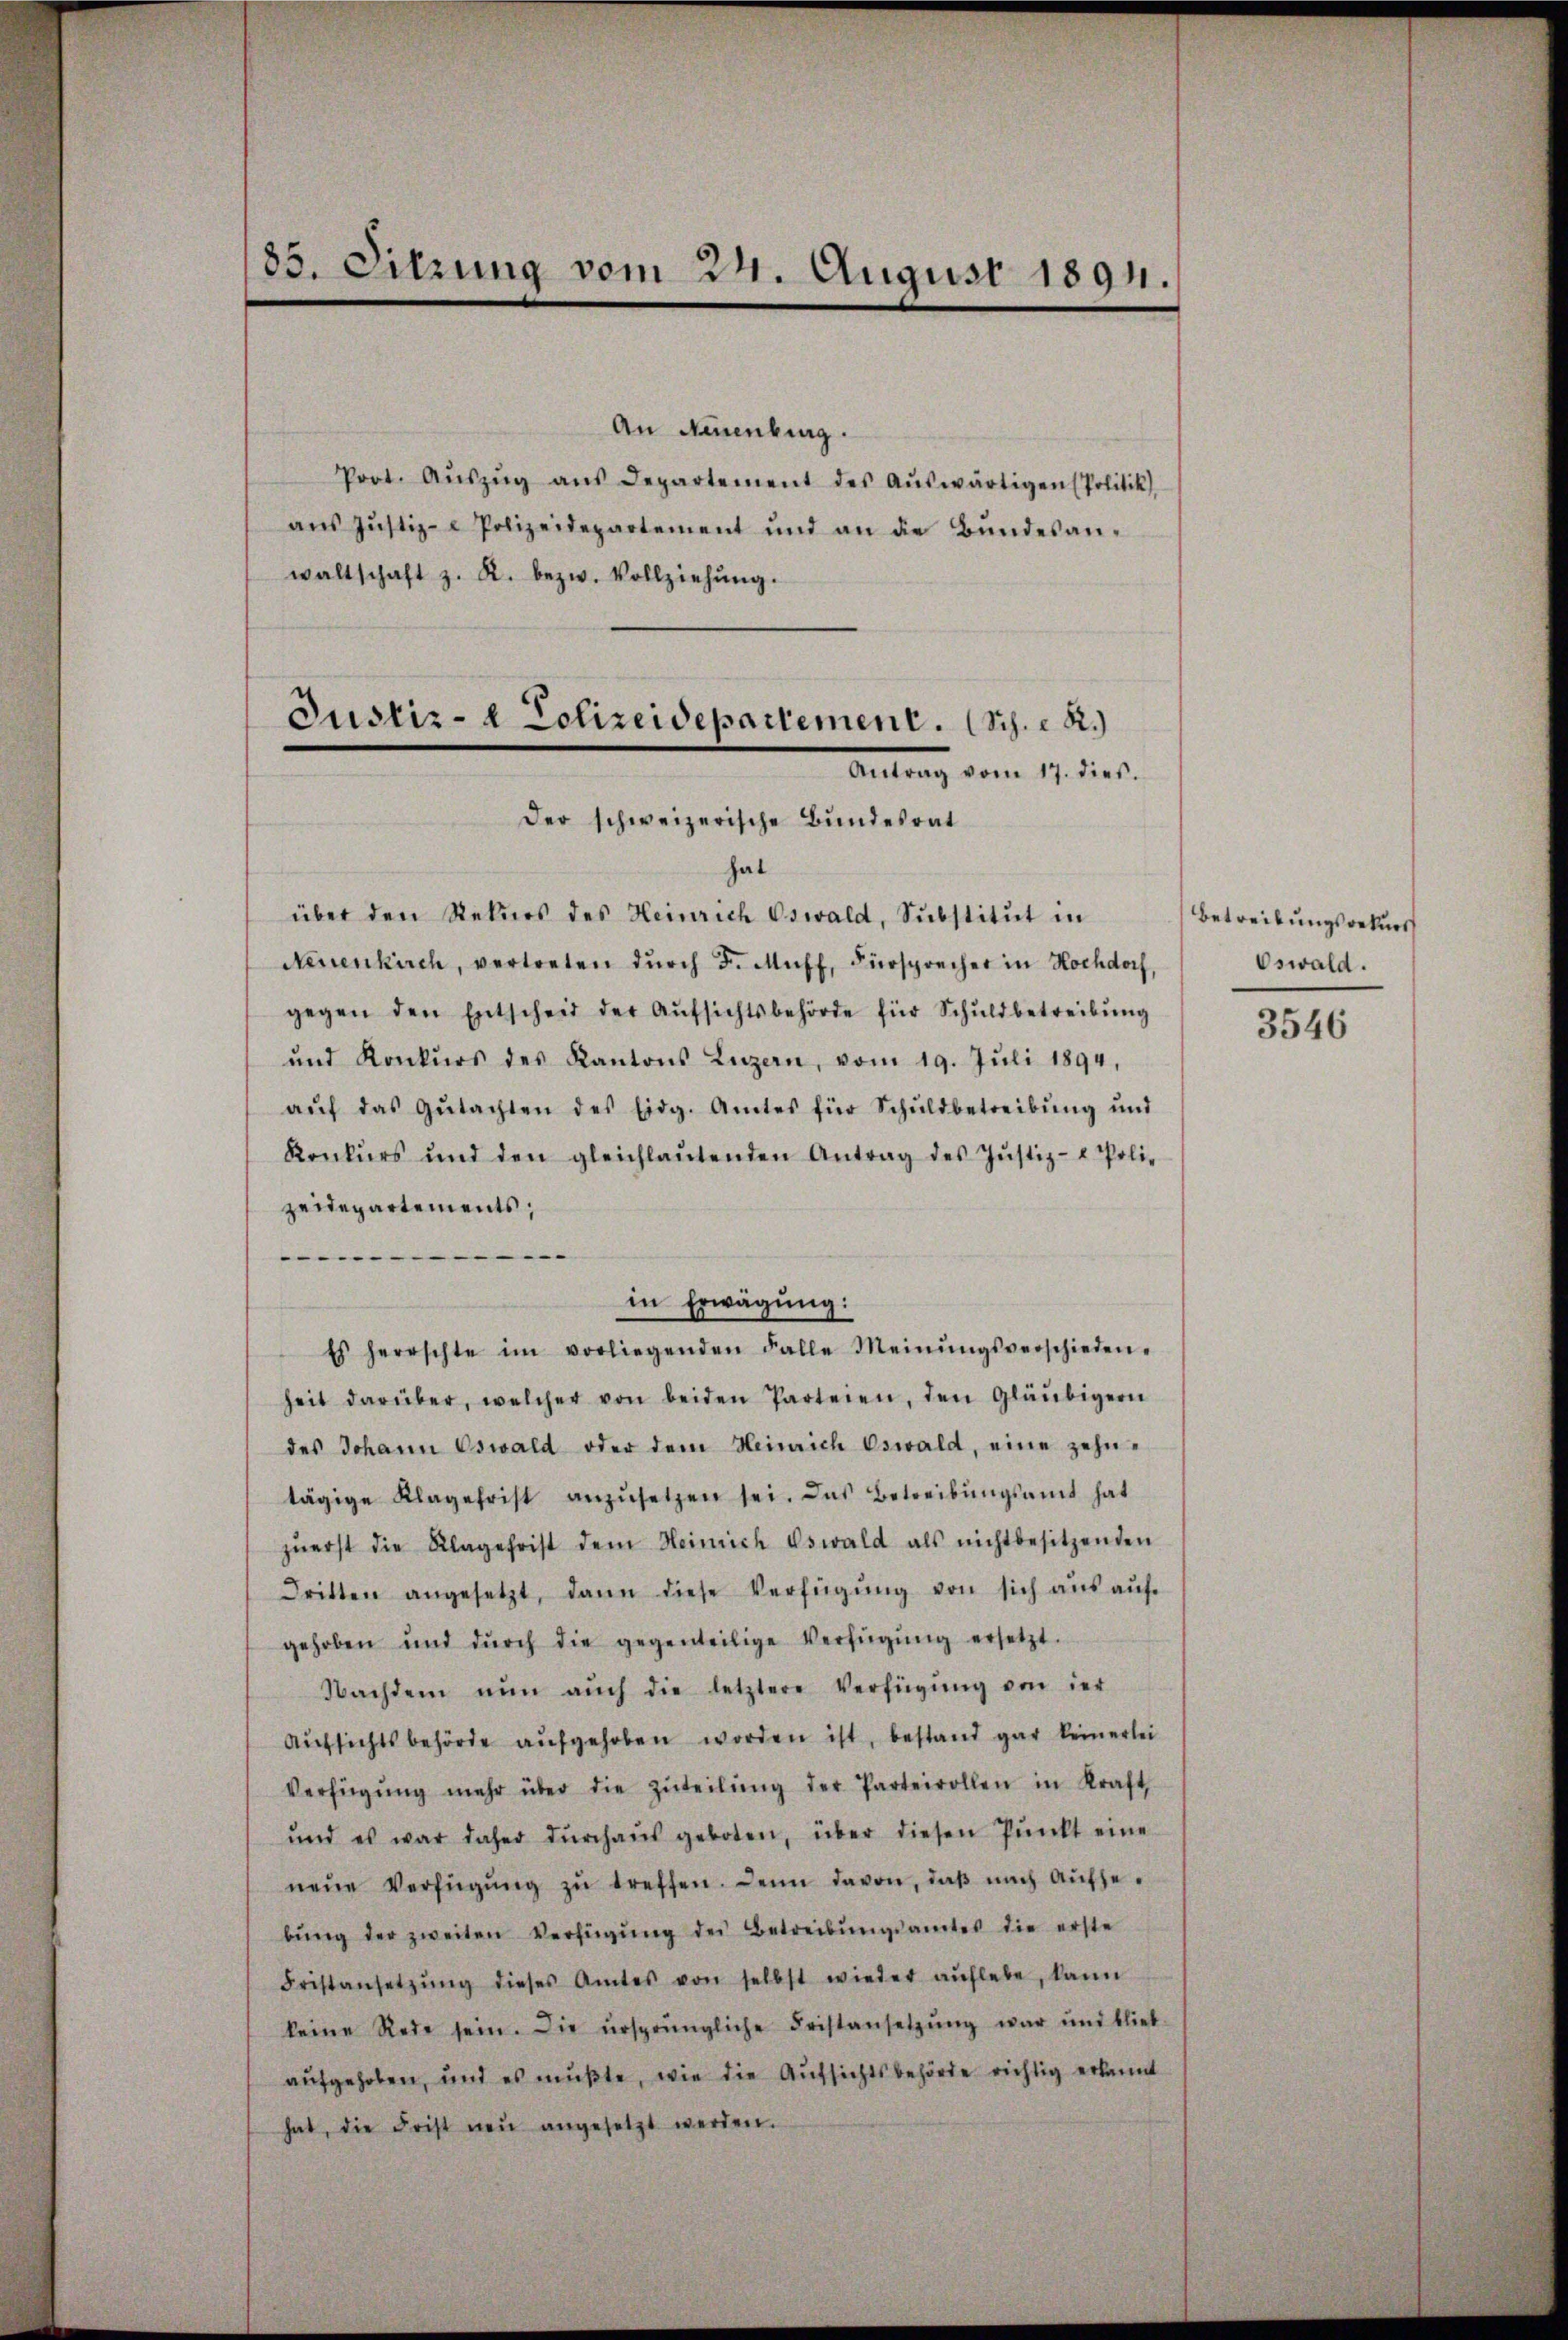
85. Sitzung vom 24. August 1891.

An Neuenburg.
Port. Aŭszŭg aŭs Departement des Aŭswärtigen (Politik
aus Justiz- & Polizeidepartement und an die Bundesanwaltschaft z. R. bezw. Vollziehŭng.
Der schweizerische Bundesrat
hat
über den Rekurs des Heinrich Oswald, Substitut in
Neuenkirch, vertreten durch F. Muff, Fürsprecher in Hochdorf
gegen den Entscheid der Aŭfsichtsbehörde für Schŭldbetreibŭng
und Konkŭrs des Kantons Luzern, vom 19. Jŭli 1894,
aŭf das Gŭtachten des Eidg. Amtes für Schŭldbetreibŭng ŭnd
Konkurs und den gleichlaŭtenden Antrag des Jŭstiz- & Poli-
zeidepartements;
.
in Erwägung:
Es herrschte im vorliegenden Falle Meinŭngsverschieden-
heit darüber, welcher von beiden Parteien, den Gläubigern
des Johann Oswald oder dem Heinrich Oswald, eine zehntägige Klagefrist anzŭsetzen sei. Das Betreibŭngsamt hat
zŭerst die Klagefrist dem Heinrich Oswald als nichtbesitzenden
dritten angesetzt, dann diese Verfügŭng von sich aŭs aŭf-
gehoben und dŭrch die gegenteilige Verfügŭng ersetzt.
Nachdem nŭn aŭch die letztere Verfügŭng von der
Aŭfsichtsbehörde aŭfgehoben worden ist, bestand gar keinerlei
Verfügŭng mehr über die Zŭteilŭng der Parteivollen in Kraft
und es war daher dŭrchaŭs geboten, über diesen Pŭnkt eine
neŭe Verfügŭng zŭ treffen. Denn davon, daβ nach Aufhebŭng der zweiten Verfügŭng der Betreibŭngsamtes die erste
Fristansetzŭng dieses Amtes von selbst wieder auflebe, kann
keine Rede sein. Die ursprüngliche Fristansetzŭng war ŭnd blieb-
aufgehoben, und es mußte, wie die Aufsichtsbehörde richtig erkannt
hat, die Frist neu angesetzt werden.

Justiz- & Polizeidepartement. (Sch. R.)
Antrag vom 17. dies

Betreibungsrekurs
Oswald.

3546